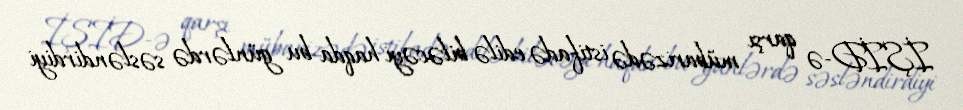
İŞİD-ə qarşı mübarizədə istifadə edilə biləcəyi haqda bu günlərdə səsləndirdiyi